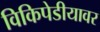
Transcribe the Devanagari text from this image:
विकिपेडीयावर